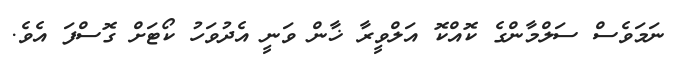
ނަމަވެސް ސަލްމާންގެ ކޮއްކޮ އަލްވީރާ ޚާން ވަނީ އެދުވަހު ކޯޓަށް ގޮސްފަ އެވެ.